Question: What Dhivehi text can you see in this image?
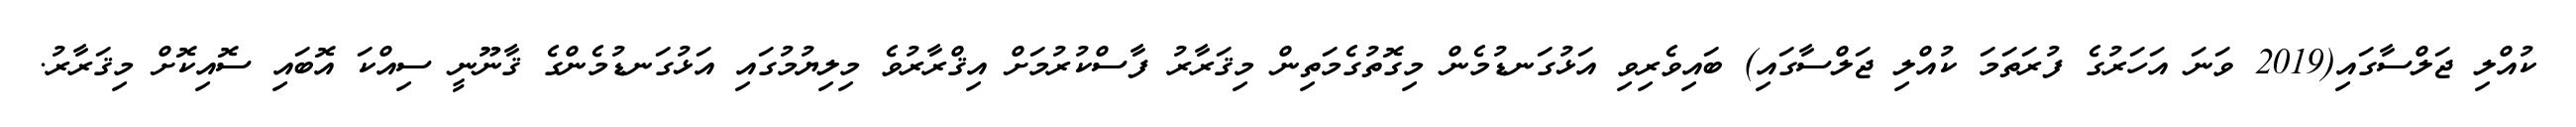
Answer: ކުއްލި ޖަލްސާގައި(2019 ވަނަ އަހަރުގެ ފުރަތަމަ ކުއްލި ޖަލްސާގައި) ބައިވެރިވި އަޅުގަނޑުމެން މިގޮތުގެމަތިން މިޤަރާރު ފާސްކުރުމަށް އިޤްރާރުވެ މިލިޔުމުގައި އަޅުގަނޑުމެންގެ ޤާނޫނީ ސިއްކަ އޮބައި ސޮއިކޮށް މިޤަރާރު.